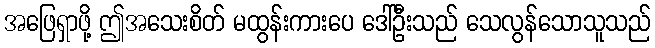
အဖြေရှာဖို့ ဤအသေးစိတ် မထွန်းကားပေ ဒေါ်ဦးသည် သေလွန်သောသူသည်